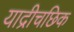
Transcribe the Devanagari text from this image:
याद्रीचछिक